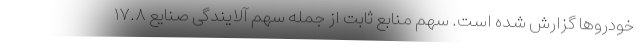
خودروها گزارش شده است. سهم منابع ثابت از جمله سهم آلایندگی صنایع ۱۷.۸